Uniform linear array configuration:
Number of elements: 64
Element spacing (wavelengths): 0.75
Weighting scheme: binomial
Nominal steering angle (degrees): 45
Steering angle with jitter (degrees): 46.199
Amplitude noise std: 0.05
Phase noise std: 0.05

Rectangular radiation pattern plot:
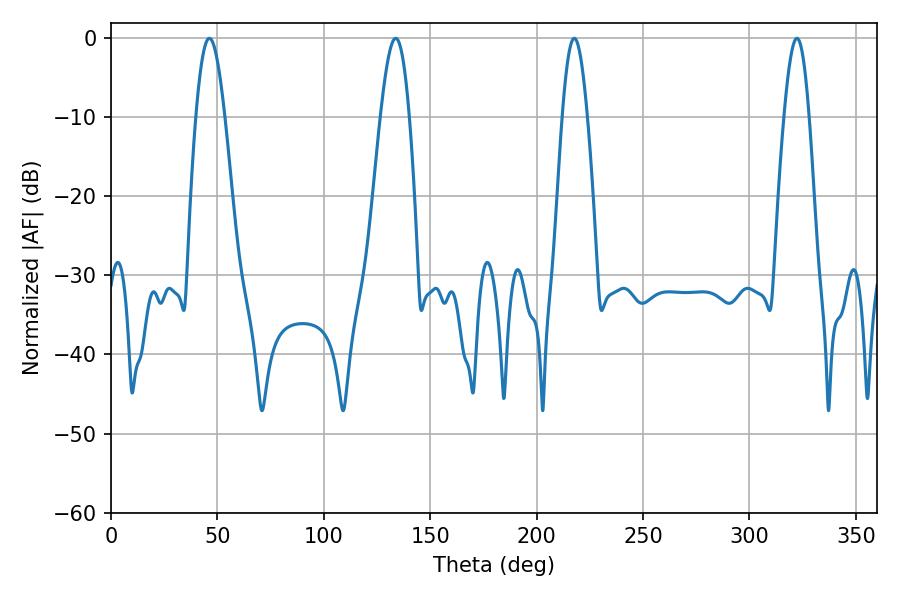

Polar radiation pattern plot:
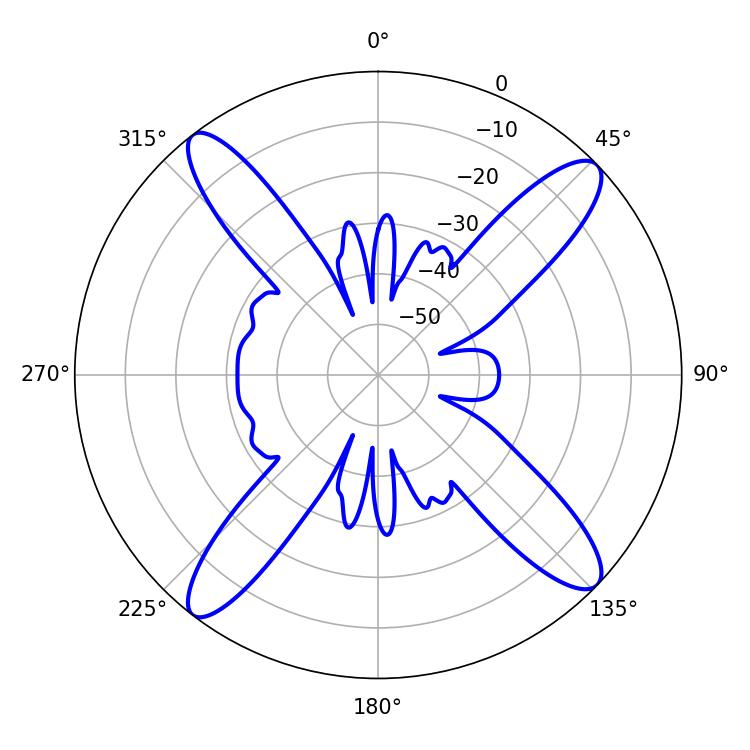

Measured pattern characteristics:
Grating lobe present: TRUE
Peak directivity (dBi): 15.779
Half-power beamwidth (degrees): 7.38
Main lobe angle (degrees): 46.26